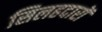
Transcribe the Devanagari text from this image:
सिलहदारों